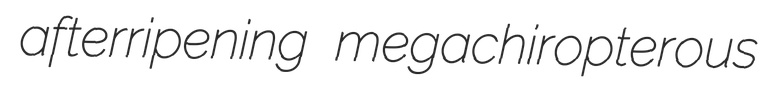
afterripening megachiropterous